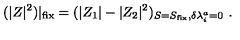
( | Z | ^ { 2 } ) | _ { \mathrm { f i x } } = ( | Z _ { 1 } | - | Z _ { 2 } | ^ { 2 } ) _ { S = S _ { \mathrm { f i x } } , \delta \lambda _ { i } ^ { a } = 0 } \ .